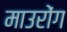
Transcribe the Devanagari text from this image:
माउरोंग